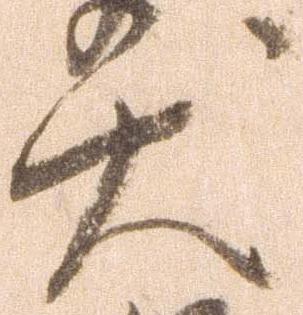
犬